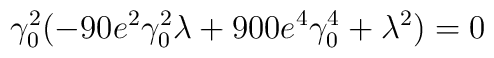
\gamma_0^2(-90e^2\gamma_0^2\lambda+900e^4\gamma_0^4+\lambda^2)=0